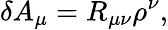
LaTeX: \delta A_{\mu}=R_{\mu\nu}\rho^{\nu},